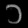
Digit: ၁